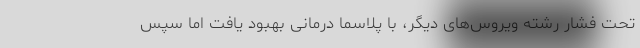
تحت فشار رشته ویروس‌های دیگر، با پلاسما درمانی بهبود یافت اما سپس